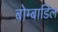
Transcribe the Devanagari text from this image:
बोम्बाडिल